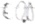
Text: E0.0